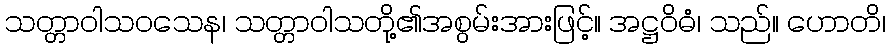
သတ္တာဝါသဝသေန၊ သတ္တာဝါသတို့၏အစွမ်းအားဖြင့်။ အဋ္ဌဝိဓံ၊ သည်။ ဟောတိ၊